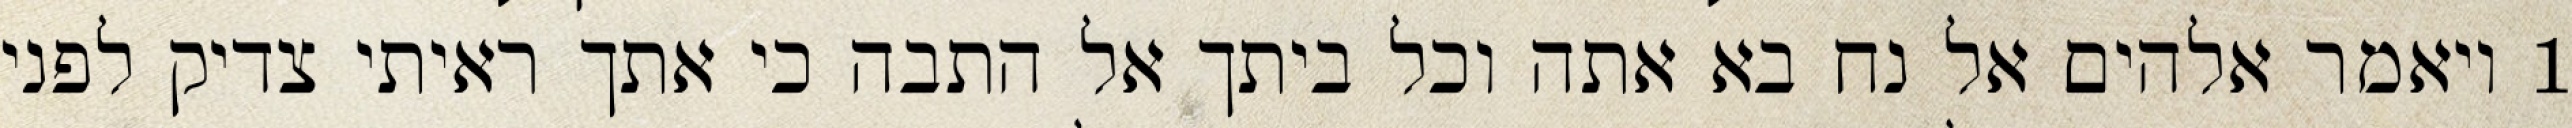
1 ויאמר אלהים אל נח בא אתה וכל ביתך אל התבה כי אתך ראיתי צדיק לפני